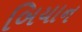
બિયાન